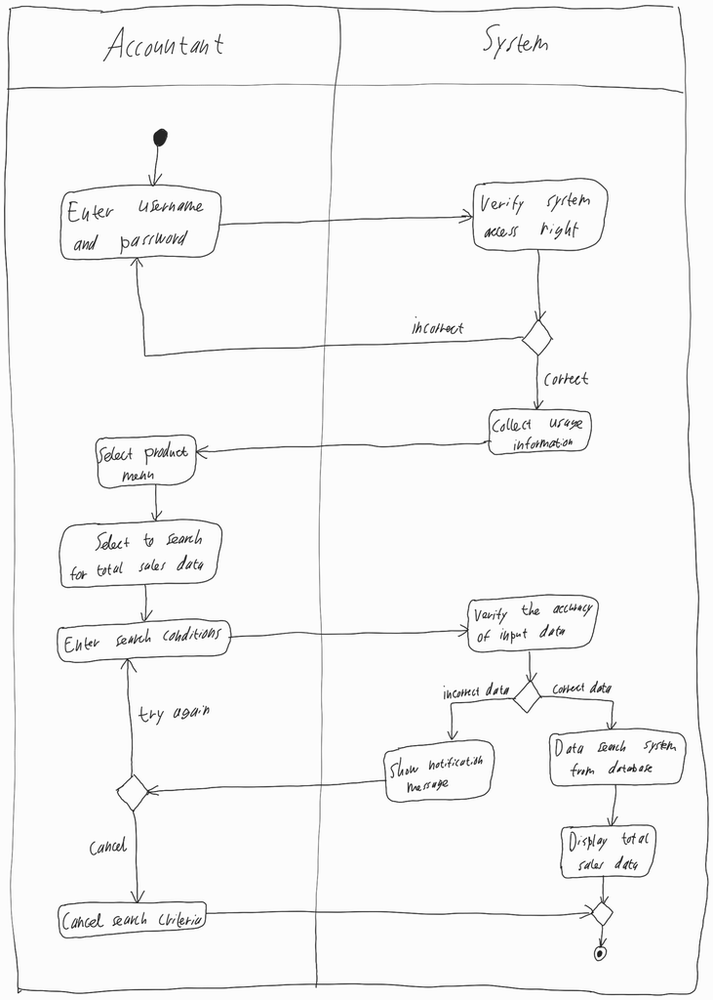
Diagram type: activity_diagram
```plantuml
@startuml

|Accountant|

start

repeat:Enter username and password;
  |System|
  :Verify system access rights;
repeat while () is (incorrect) not (correct)

:Collect usage information;

|Accountant|

:Select product menu;

:Select to search for total sales data;

repeat:Enter search conditions;
  |System|
  :Verify the accuracy of input data;
  if () then (incorrect data)
    :Show notification message;
    |Accountant|
    if () then (cancel)
      |Accountant|
      :Cancel search criteria;
      |System|
      stop
    endif
  else (correct data)
    |System|
    :Data search system from database;
    :Display total sales data;
    stop
  endif
|Accountant|
repeat while () is (try again)

@enduml
```